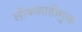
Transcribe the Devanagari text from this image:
लोकशाहीमुक्त